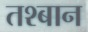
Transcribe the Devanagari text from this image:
तश्बान